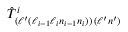
\hat { T } _ { ( \ell ^ { \prime } ( \ell _ { i - 1 } \ell _ { i } n _ { i - 1 } n _ { i } ) ) \, ( \ell ^ { \prime } n ^ { \prime } ) } ^ { i }